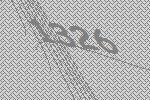
1326